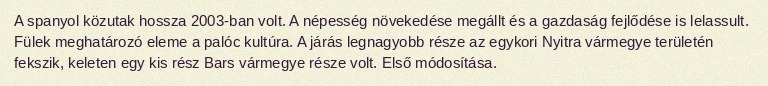
A spanyol közutak hossza 2003-ban volt. A népesség növekedése megállt és a gazdaság fejlődése is lelassult. Fülek meghatározó eleme a palóc kultúra. A járás legnagyobb része az egykori Nyitra vármegye területén fekszik, keleten egy kis rész Bars vármegye része volt. Első módosítása.